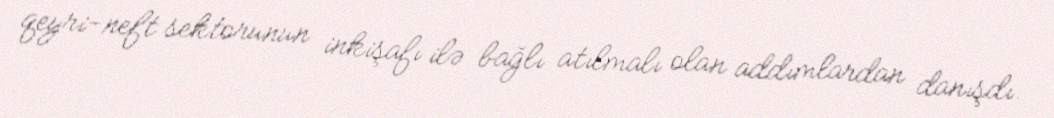
qeyri-neft sektorunun inkişafı ilə bağlı atılmalı olan addımlardan danışdı.